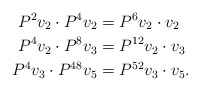
\begin{align*}P^2 v_2 \cdot P^4 v_2 & = P^6 v_2 \cdot v_2 \\P^4 v_2 \cdot P^8 v_3 & = P^{12} v_2 \cdot v_3 \\P^4 v_3 \cdot P^{48} v_5 & = P^{52} v_3 \cdot v_5. \end{align*}